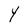
Character: Y